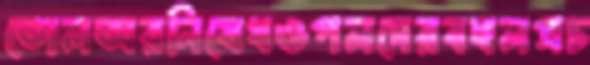
তোলঅরনিষেধওপলদেরবহুলপ্রচ